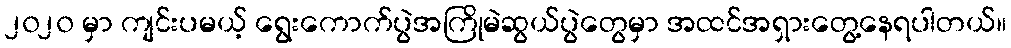
၂၀၂၀ မှာ ကျင်းပမယ့် ရွေးကောက်ပွဲအကြိုမဲဆွယ်ပွဲတွေမှာ အထင်အရှားတွေ့နေရပါတယ်။